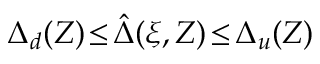
\Delta _ { d } ( Z ) \! \le \! \hat { \Delta } ( \xi , Z ) \! \le \! \Delta _ { u } ( Z )